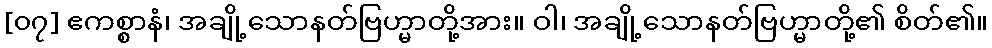
[၀၇] ဧကစ္စာနံ၊ အချို့သောနတ်ဗြဟ္မာတို့အား။ ဝါ၊ အချို့သောနတ်ဗြဟ္မာတို့၏ စိတ်၏။